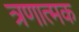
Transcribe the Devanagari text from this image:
त्रणात्मक